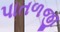
પાતળજી